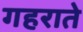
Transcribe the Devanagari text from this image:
गहराते